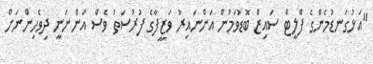
"އަޅުގަނޑުމެންގެ ފްލީޓް ސައިޒް ބޮޑުވަމުން އަންނައިރު ވަޒީފާގެ ފުރުސަތު ވެސް އަންނަނީ ދިވެހިންނަށް